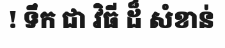
! ទឹក ជា វិធី ដ៏ សំខាន់